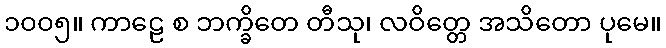
၁၀၀၅။ ကာဠေ စ ဘက္ခိတေ တီသု၊ လဝိတ္တေ အသိတော ပုမေ။